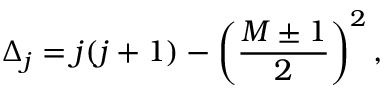
\Delta _ { j } = j ( j + 1 ) - \left( { \frac { M \pm 1 } { 2 } } \right) ^ { 2 } ,